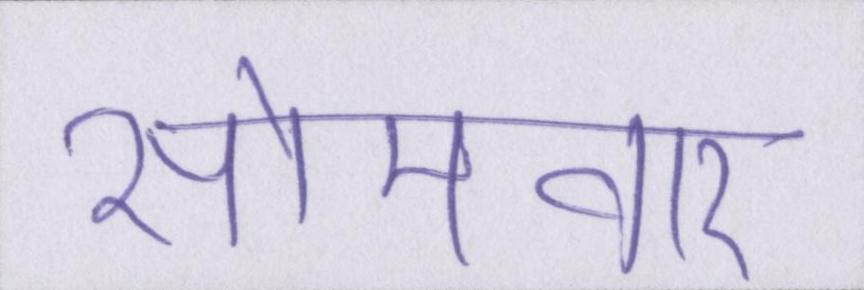
सोमवार